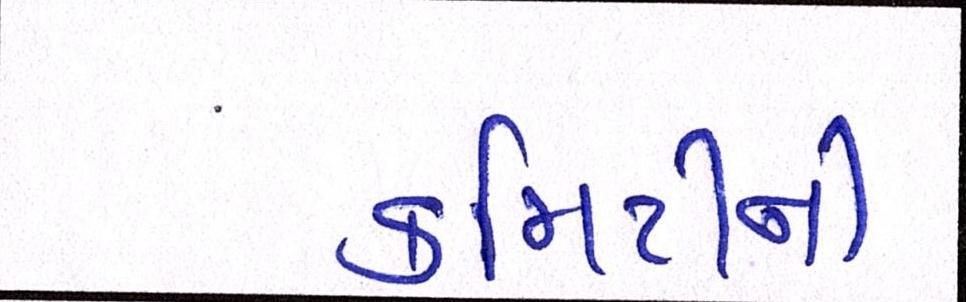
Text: કમિટીની